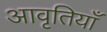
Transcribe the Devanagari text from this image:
आवृतियाँ